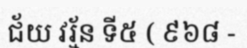
ជ័យ វរ្ម័ន ទី៥ ( ៩៦៨ -